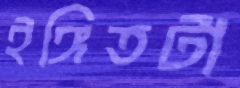
ইঙ্গিতটা